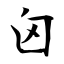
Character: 囟